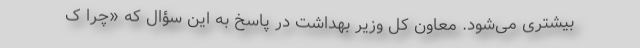
بیشتری می‌شود. معاون کل وزیر بهداشت در پاسخ به این سؤال که «چرا ک